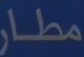
مطار